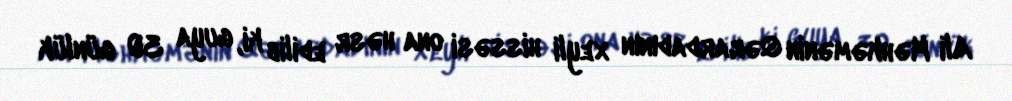
Ali Məhkəmənin Qərardadının xeyli hissəsi ona həsr edilib ki, guya 30 günlük